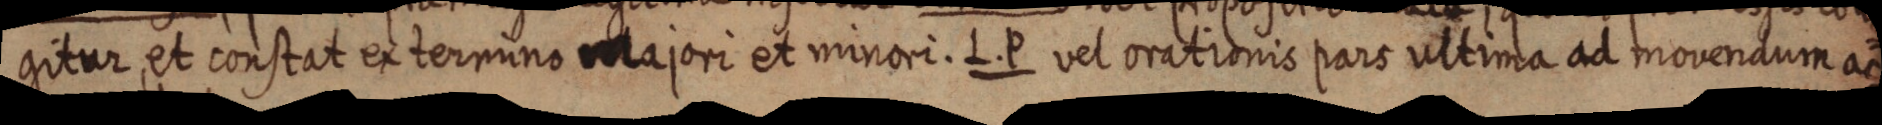
gitur, et constat ex termino majori et minori. L. P vel orationis pars ultima ad movendum ac